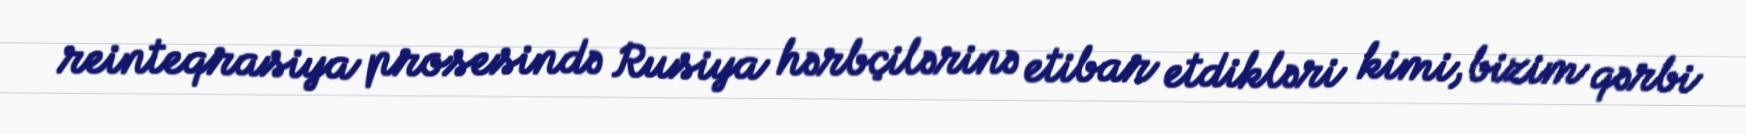
reinteqrasiya prosesində Rusiya hərbçilərinə etibar etdikləri kimi, bizim qərbi